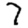
Digit: 7